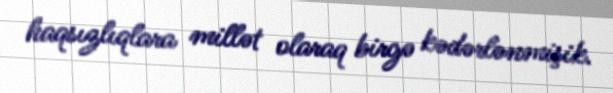
haqsızlıqlara millət olaraq birgə kədərlənmişik.